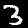
Digit: 3